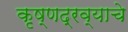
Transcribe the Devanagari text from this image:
कृष्णद्रव्याचे